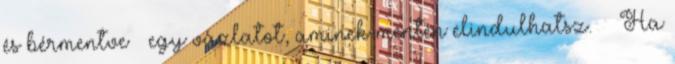
és bérmentve – egy vázlatot, aminek mentén elindulhatsz.››› Ha